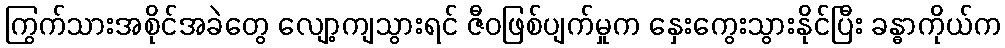
ကြွက်သားအစိုင်အခဲတွေ လျော့ကျသွားရင် ဇီဝဖြစ်ပျက်မှုက နှေးကွေးသွားနိုင်ပြီး ခန္ဓာကိုယ်က